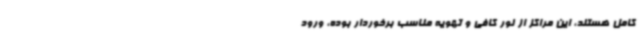
کامل هستند، این مراکز از نور کافی و تهویه مناسب برخوردار بوده، ورود